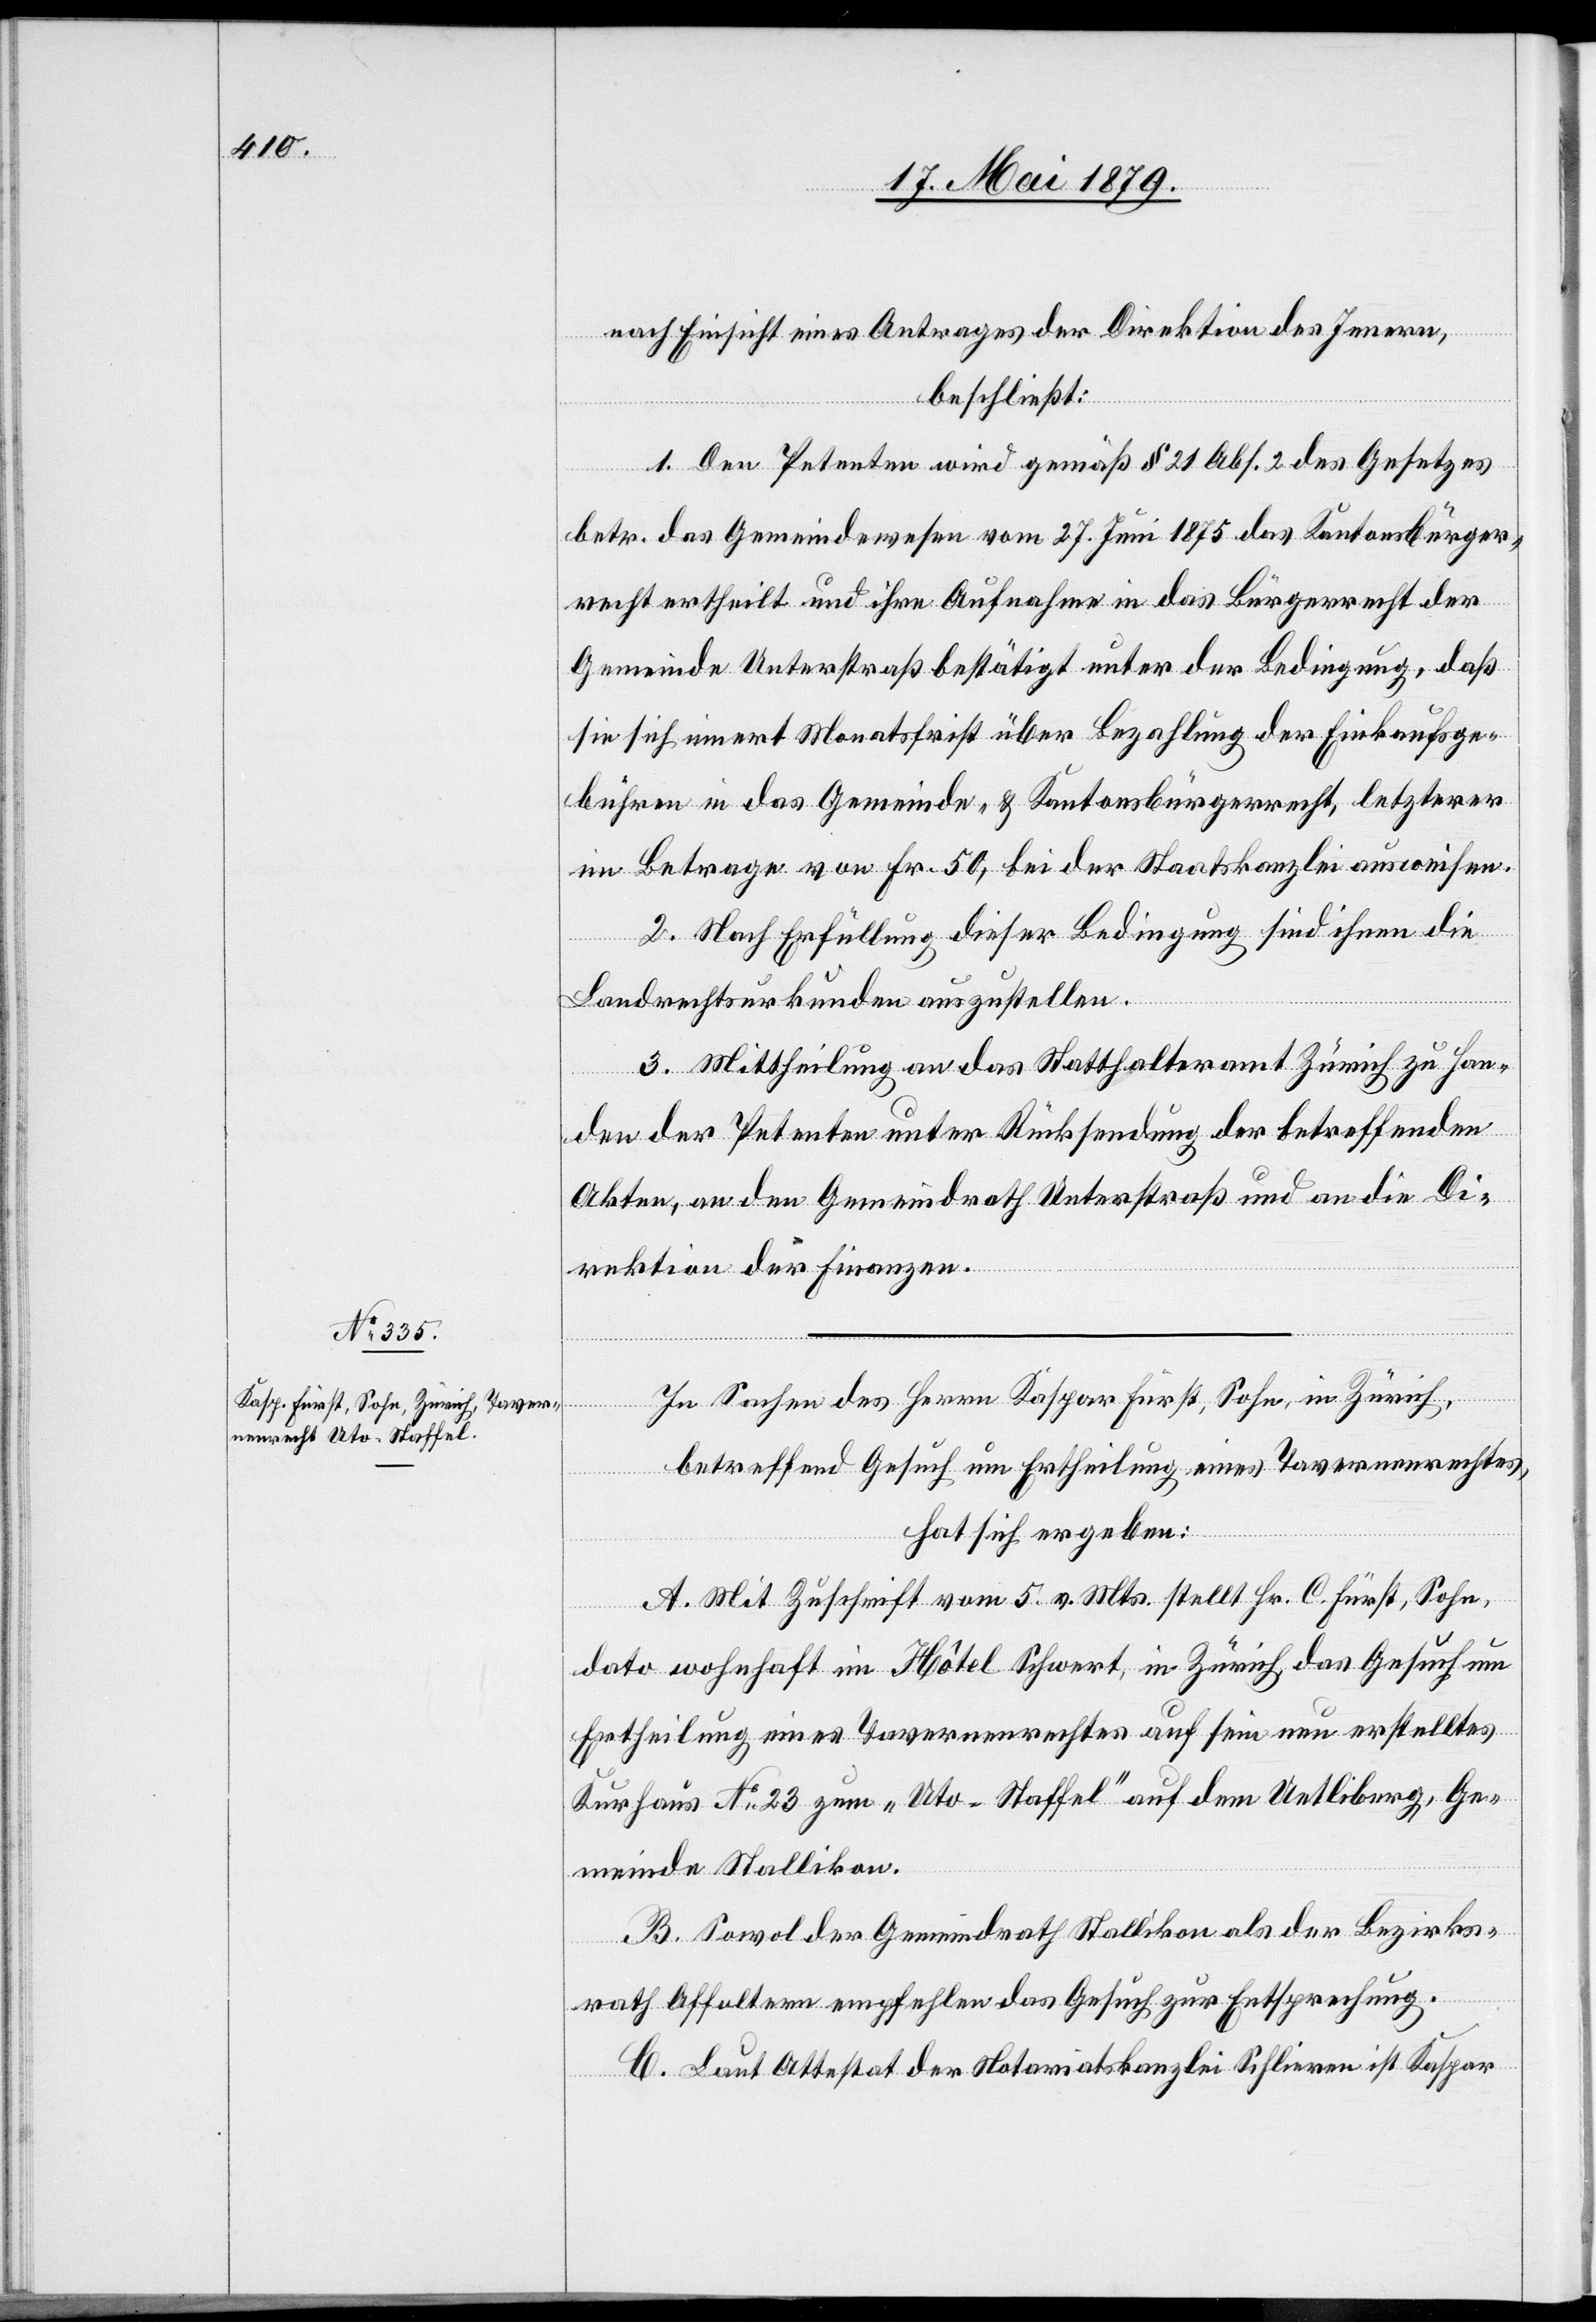
nach Einsicht eines Antrages der Direktion des Innern,
beschließt:
1. Den Petenten wird gemäß § 21 Abs. 2 des Gesetzes
betr. das Gemeindewesen vom 27. Juni 1875 das Kantonsbürger¬
recht ertheilt und ihre Aufnahme in das Bürgerrecht der
Gemeinde Unterstraß bestätigt unter der Bedingung, daß
sie sich innert Monatsfrist über Bezahlung der Einkaufsge¬
bühren in das Gemeinde- & Kantonsbürgerrecht, letzterer
im Betrage von Fr. 50, bei der Staatskanzlei ausweisen.
2. Nach Erfüllung dieser Bedingung sind ihnen die
Landrechtsurkunden auszustellen.
3. Mittheilung an das Statthalteramt Zürich zu Han¬
den der Petenten unter Rücksendung der betreffenden
Akten, an den Gemeindrath Unterstraß und an die Di¬
rektion der Finanzen.
In Sachen des Herrn Kaspar Fürst, Sohn, in Zürich,
betreffend Gesuch um Ertheilung eines Tavernenrechtes,
hat sich ergeben:
A. Mit Zuschrift vom 5. v. Mts. stellt Hr. C. Fürst, Sohn,
dato wohnhaft im Hôtel Schwert, in Zürich, das Gesuch um
Ertheilung eines Tavernenrechtes auf sein neu erstelltes
Kurhaus No 23 zum „Uto-Staffel“ auf dem Uetliberg, Ge¬
meinde Stallikon.
B. Sowol der Gemeindrath Stallikon als der Bezirks¬
rath Affoltern empfehlen das Gesuch zur Entsprechung.
C. Laut Attestat der Notariatskanzlei Schlieren ist Kaspar